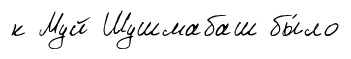
к Муй Шушмабаш бы́ло